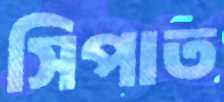
সিপাত